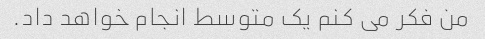
من فکر می کنم یک متوسط ​​انجام خواهد داد.